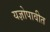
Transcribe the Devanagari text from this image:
यज्ञोपावीत